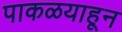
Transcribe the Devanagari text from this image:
पाकळयाहून